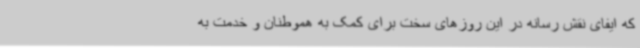
که ایفای نقش رسانه در این روزهای سخت برای کمک به هموطنان و خدمت به